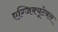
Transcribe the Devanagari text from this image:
एग्जिक्यूटेबल